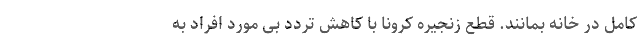
کامل در خانه بمانند. قطع زنجیره کرونا با کاهش تردد بی مورد افراد به